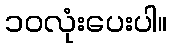
၁၀လုံးပေးပါ။